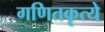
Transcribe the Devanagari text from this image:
गणितकृत्ये